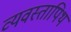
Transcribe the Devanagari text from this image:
व्यवस्तापिथ